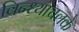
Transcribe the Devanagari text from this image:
विन्ध्याचलके